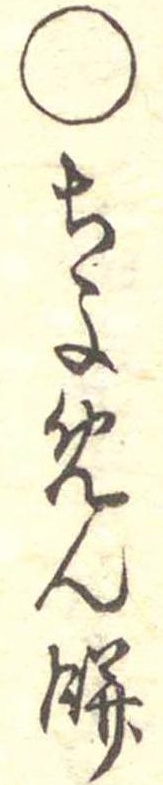
○ちよめん餅